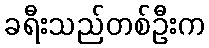
ခရီးသည်တစ်ဦးက